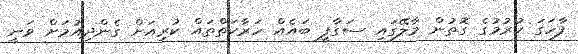
ފާހަގަ ކުރުމުގެ ގޮތުން މާލޭގައި ސަގާފީ ބައެއް ހަރާކަތްތައް ކުރިއަށް ގެންދިއުމަށް ވަނީ